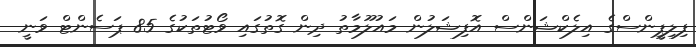
ފިލިޕީންސްގެ އިލެކްޝަންސް އޮފިޝަލުން މައުލޫމާތު ދިން ގޮތުގައި ވޯޓުތަކުގެ 85 ޕަސެންޓް ވަނީ